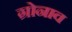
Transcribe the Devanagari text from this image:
ग्रोनाव